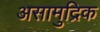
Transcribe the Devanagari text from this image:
असामुद्रिक